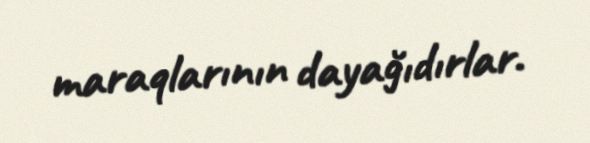
maraqlarının dayağıdırlar.